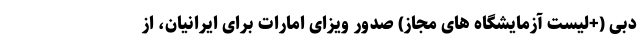
دبی (+لیست آزمایشگاه های مجاز) صدور ویزای امارات برای ایرانیان، از